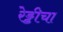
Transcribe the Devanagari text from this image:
रेड्डीचा